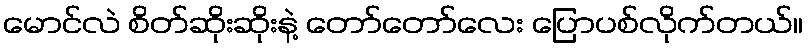
မောင်လဲ စိတ်ဆိုးဆိုးနဲ့ တော်တော်လေး ပြောပစ်လိုက်တယ်။